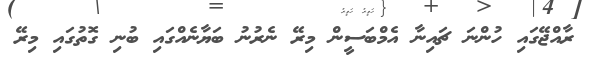
ރާއްޖޭގައި ހުންނަ ޗައިނާ އެމްބަސީން މިރޭ ނެރުނު ބަޔާނެއްގައި ބުނި ގޮތުގައި މިރޭ